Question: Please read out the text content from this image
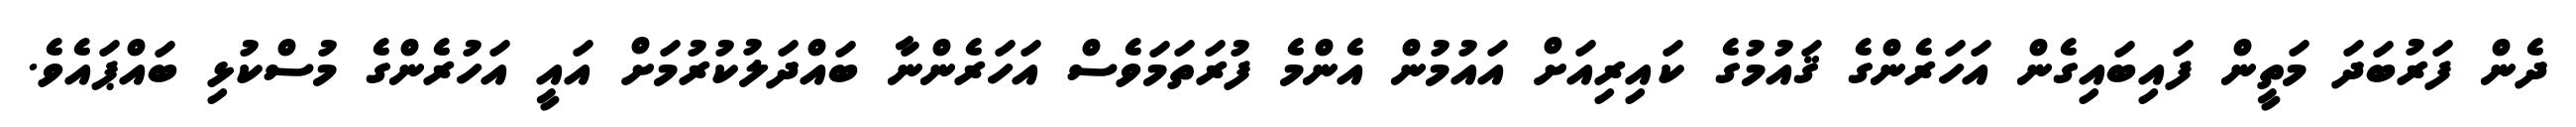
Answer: ދެން ފަރުބަދަ މަތީން ފައިބައިގެން އަހަރެންގެ ޤައުމުގެ ކައިރިއަށް އައުމުން އެންމެ ފުރަތަމަވެސް އަހަރެންނާ ބައްދަލުކުރުމަށް އައީ އަހުރެންގެ މުސްކުޅި ބައްޕައެވެ.